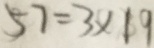
5 7 = 3 \times 1 9